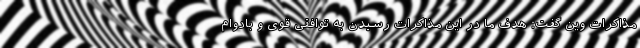
مذاکرات وین گفت: هدف ما در این مذاکرات رسیدن به توافقی قوی و بادوام